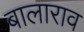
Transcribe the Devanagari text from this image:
बालाराव